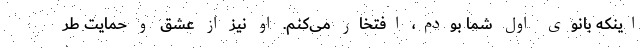
اینکه بانوی اول شما بودم، افتخار می‌کنم. او نیز از عشق و حمایت طر